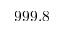
9 9 9 . 8